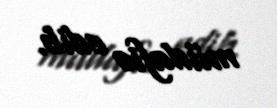
müdafiə edib.